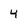
Character: 4